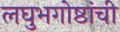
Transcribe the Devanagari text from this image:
लघुभगोष्ठांची